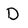
Character: D